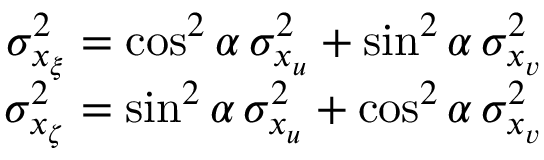
\begin{array} { r } { \sigma _ { x _ { \xi } } ^ { 2 } = \cos ^ { 2 } \alpha \, \sigma _ { x _ { u } } ^ { 2 } + \sin ^ { 2 } \alpha \, \sigma _ { x _ { v } } ^ { 2 } } \\ { \sigma _ { x _ { \zeta } } ^ { 2 } = \sin ^ { 2 } \alpha \, \sigma _ { x _ { u } } ^ { 2 } + \cos ^ { 2 } \alpha \, \sigma _ { x _ { v } } ^ { 2 } } \end{array}